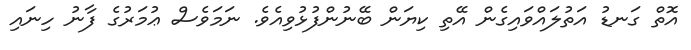
އޮތް ގަނޑު އަތުލައްވައިގެން އޭތި ކިޔަން ބޭނުންފުޅުވިއެވެ. ނަމަވެސް ޢުމަރުގެ ފާނު ހިނައި